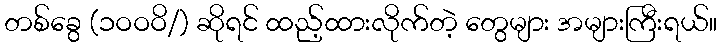
တစ်ခွေ (၁ဝဝဝိ/) ဆိုရင် ထည့်ထားလိုက်တဲ့ တွေများ အများကြီးရယ်။